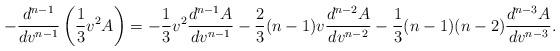
LaTeX: \begin{align*} -\frac{d^{n-1}}{dv^{n-1}}\left(\frac{1}{3}v^2A\right)=-\frac{1}{3}v^2\frac{d^{n-1}A}{dv^{n-1}}-\frac{2}{3}(n-1)v\frac{d^{n-2}A}{dv^{n-2}}-\frac{1}{3}(n-1)(n-2)\frac{d^{n-3}A}{dv^{n-3}}.\end{align*}